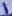
Text: 1